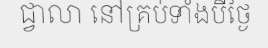
ជ្វាលា នៅគ្រប់ទាំងបីថ្ងៃ